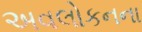
અવલોકનના